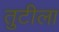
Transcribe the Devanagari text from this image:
तुटीला